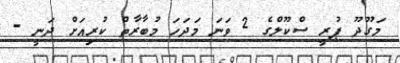
މަގޫދޫ ޕުރީ ސްކޫލްގެ 2 ވަނަ މަދަހަ މުބާރާތް ކުރިއަށް ދަނީ -